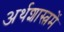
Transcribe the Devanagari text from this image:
अर्थशास्त्रमें